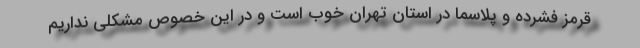
قرمز فشرده و پلاسما در استان تهران خوب است و در این خصوص مشکلی نداریم